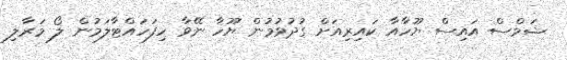
ޝަމްސް އައިސް ޔޫހާއާ ކައިރިއަށް ގުދުވުމުން ޔޫހާ ނޭވާ ހިފަހައްޓާލަމުން ލޯ މަރާލި